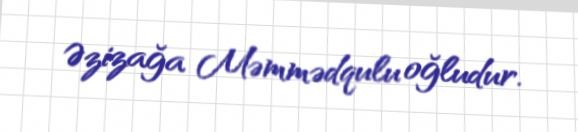
Əzizağa Məmmədqulu oğludur.